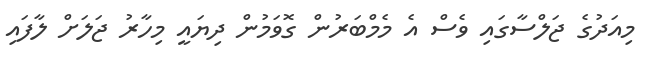
މިއަދުގެ ޖަލްސާގައި ވެސް އެ މެމްބަރުން ގޮވަމުން ދިޔައީ މިހާރު ޖަލަށް ލާފައި